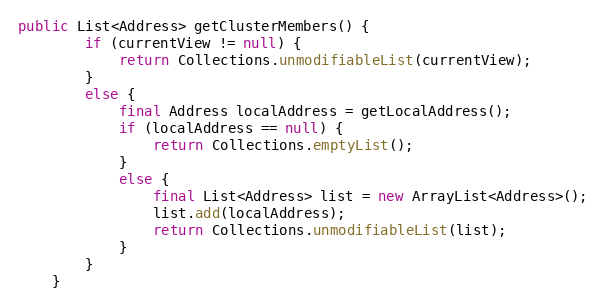
Language: Java
public List<Address> getClusterMembers() {
		if (currentView != null) {
			return Collections.unmodifiableList(currentView);
		}
		else {
			final Address localAddress = getLocalAddress();
			if (localAddress == null) {
				return Collections.emptyList();
			}
			else {
				final List<Address> list = new ArrayList<Address>();
				list.add(localAddress);
				return Collections.unmodifiableList(list);
			}
		}
	}